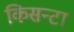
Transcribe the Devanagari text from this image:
किसन्टा